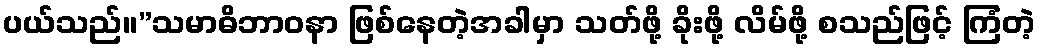
ပယ်သည်။”သမာဓိဘာဝနာ ဖြစ်နေတဲ့အခါမှာ သတ်ဖို့ ခိုးဖို့ လိမ်ဖို့ စသည်ဖြင့် ကြံတဲ့